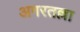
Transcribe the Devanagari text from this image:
अगरतल्ला